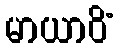
မာယာဝိံ